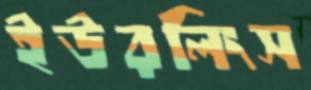
ইউরলিংস